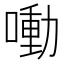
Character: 㗢